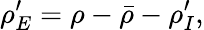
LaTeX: {\rho}_{E}^{\prime}=\rho-\bar{\rho}-{\rho}_{I}^{\prime},